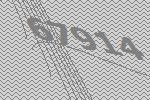
67914